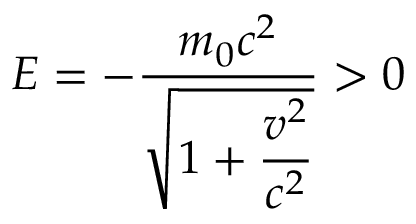
E = - { \frac { m _ { 0 } c ^ { 2 } } { \sqrt { 1 + \displaystyle { \frac { v ^ { 2 } } { c ^ { 2 } } } } } } > 0